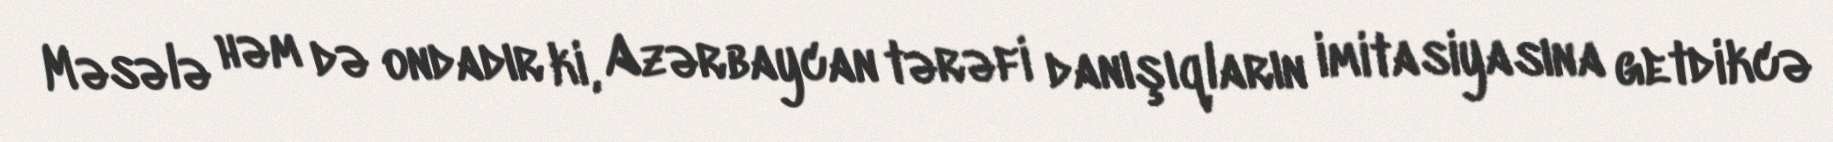
Məsələ həm də ondadır ki, Azərbaycan tərəfi danışıqların imitasiyasına getdikcə